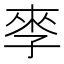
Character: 𰌩